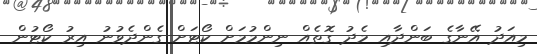
މިއަދު އޭނާގެ ބަންދާއި މެދު ގޮތެއް ނިންމުމަށް ކޯޓަށް ގެންދެވުނު އިރު ކޯޓުން